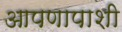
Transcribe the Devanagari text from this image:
आपणापाशी